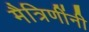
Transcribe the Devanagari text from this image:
मैत्रिणींनी